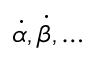
{ \dot { \alpha } } , { \dot { \beta } } , \dots